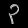
Digit: ၃